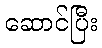
ဆောင်ပြီး